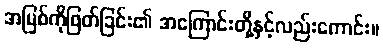
အမြစ်ကိုဖြတ်ခြင်း၏ အကြောင်းတို့နှင့်လည်းကောင်း။